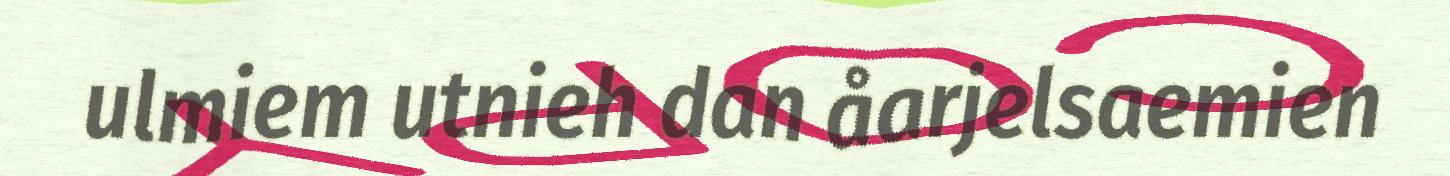
ulmiem utnieh dan åarjelsaemien